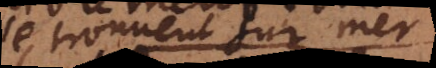
se trouvent sur mer